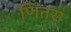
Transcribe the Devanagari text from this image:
णितरां